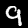
Label: 9